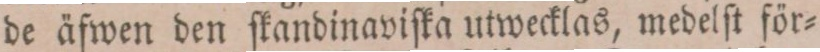
de äfwen den ſkandinaviſka utwecklas, medelſt för=